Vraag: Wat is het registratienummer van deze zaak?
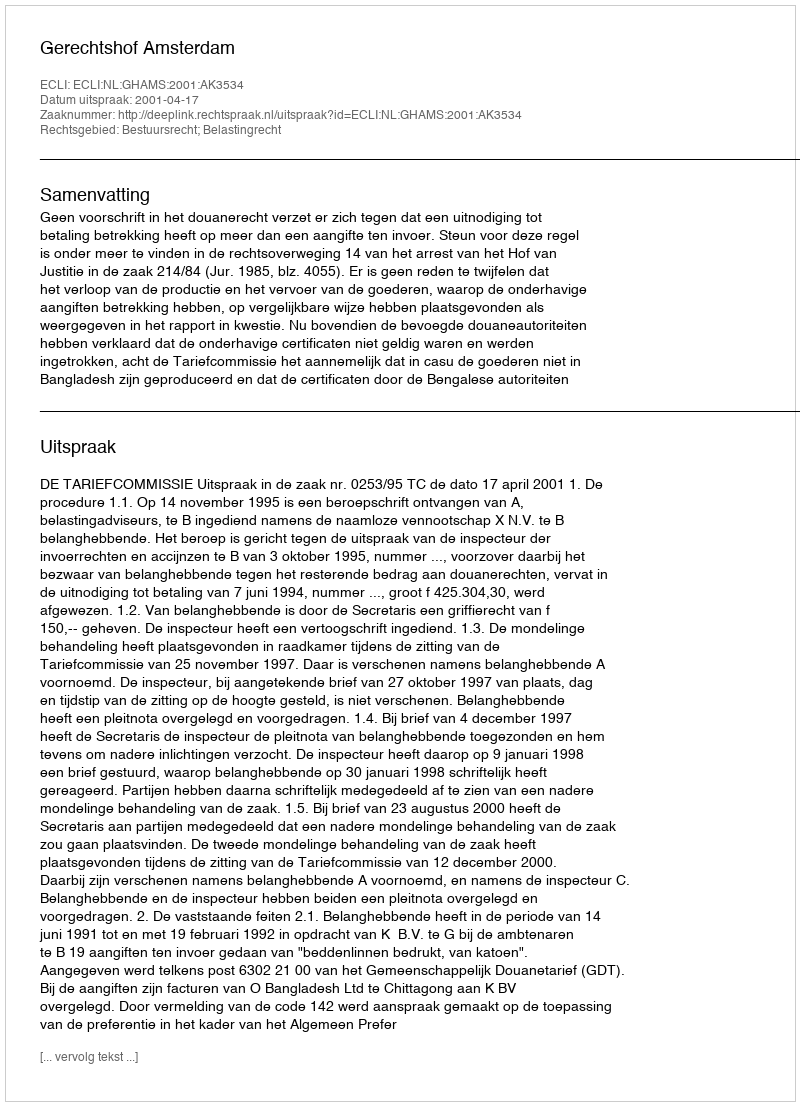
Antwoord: http://deeplink.rechtspraak.nl/uitspraak?id=ECLI:NL:GHAMS:2001:AK3534